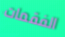
الفقمات